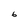
Character: 6